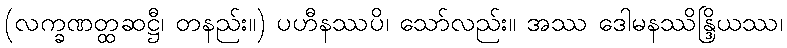
(လက္ခဏတ္ထဆဋ္ဌီ၊ တနည်း။) ပဟီနဿပိ၊ သော်လည်း။ အဿ ဒေါမနဿိန္ဒြိယဿ၊